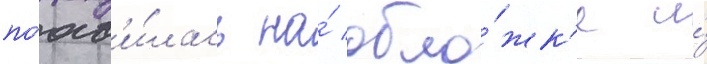
поав'и́лась на́ обло́жк'е и́